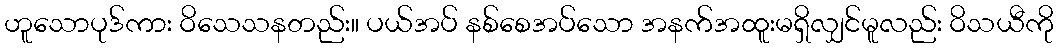
ဟူသောပုဒ်ကား ဝိသေသနတည်း။ ပယ်အပ် နစ်စေအပ်သော အနက်အထူးမရှိလျှင်မူလည်း ဝိသယီကို